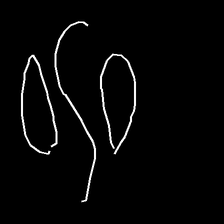
Glyph: water